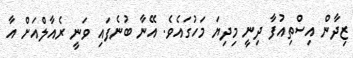
ޒިދާން އިސްތިއުފާ ދިނީ މިދިޔަ މަހުގައެވެ. އޭނާ ބުނެފައި ވަނީ ރެއާލްއަށް އާ